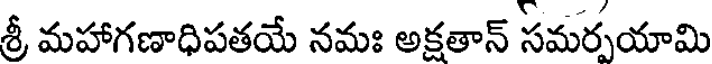
శ్రీ మహాగణాధిపతయే నమః అక్షతాన్ సమర్పయామి